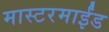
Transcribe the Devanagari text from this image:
मास्टरमाईंड